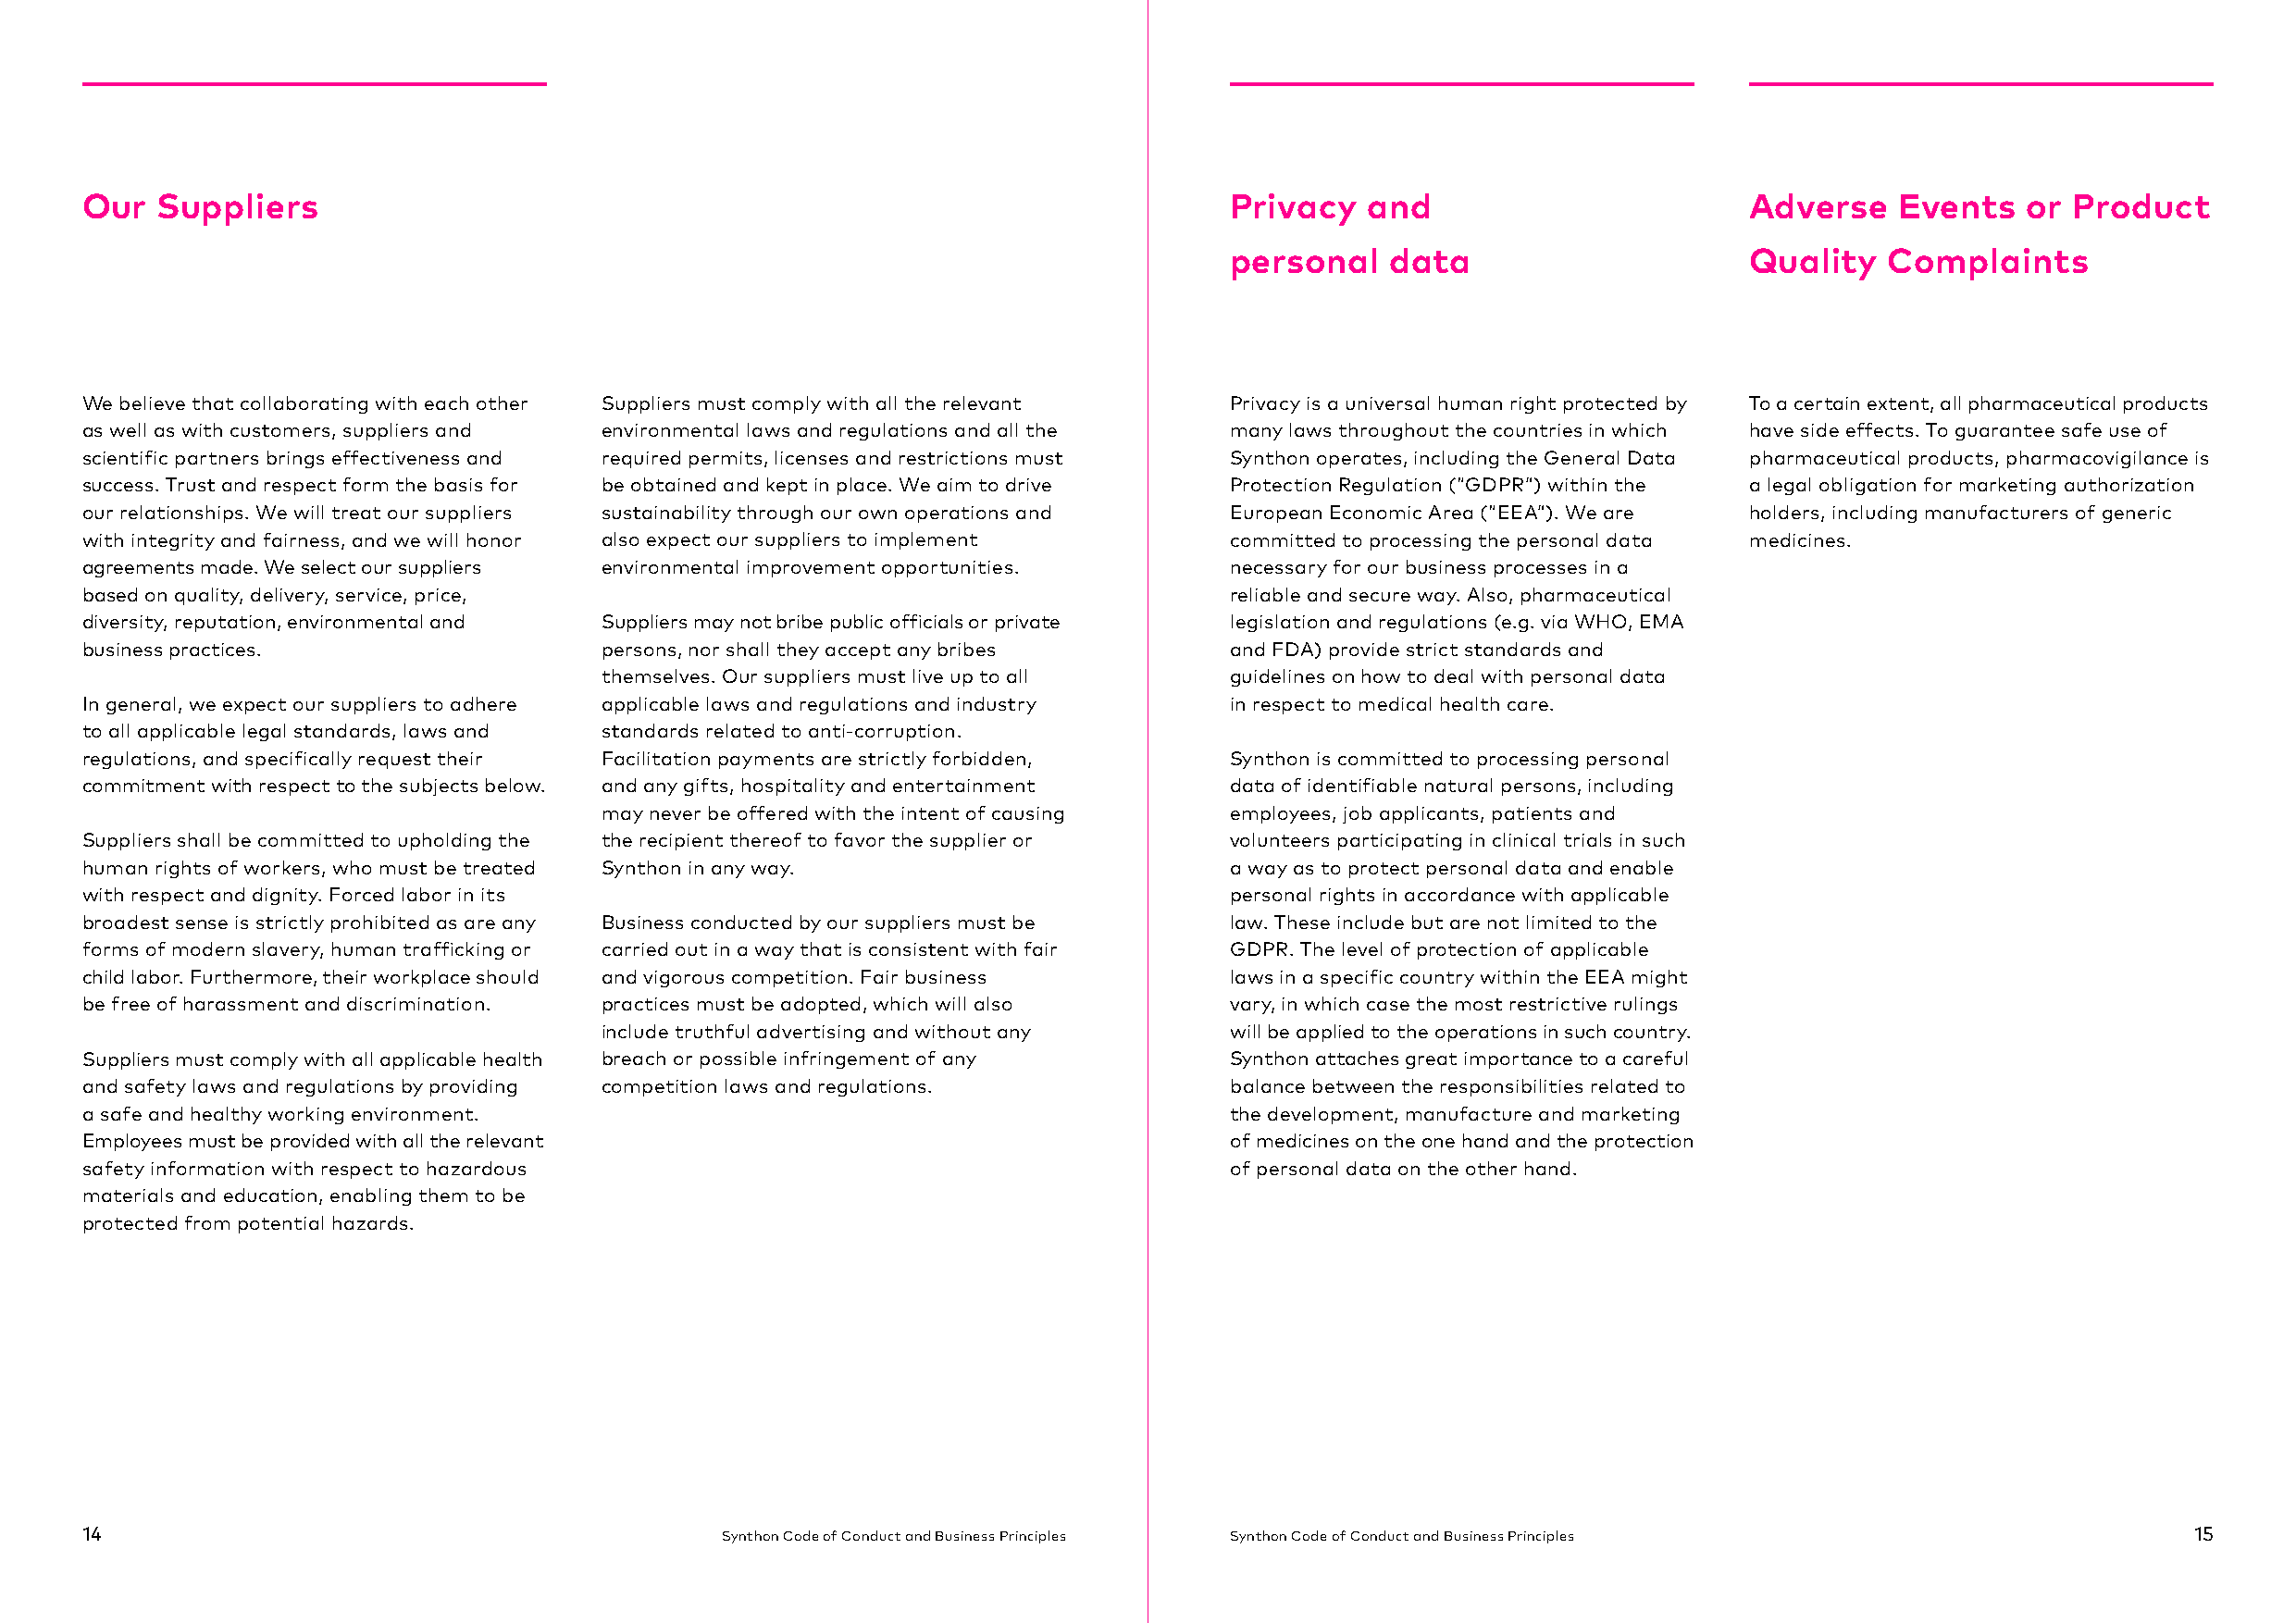
Our  Suppliers                                                                    Privacy   and                        Adverse    Events   or Product
 personal   data                      Quality   Complaints
 We believe that collaborating with each other Suppliers must comply with all the relevant Privacy is a universal human right protected by To a certain extent, all pharmaceutical products
 as well as with customers, suppliers and environmental laws and regulations and all the many laws throughout the countries in which have side effects. To guarantee safe use of
 scientific partners brings effectiveness and required permits, licenses and restrictions must Synthon operates, including the General Data pharmaceutical products, pharmacovigilance is
 success. Trust and respect form the basis for be obtained and kept in place. We aim to drive Protection Regulation (“GDPR”) within the a legal obligation for marketing authorization
 our relationships. We will treat our suppliers sustainability through our own operations and European Economic Area (“EEA”). We are holders, including manufacturers of generic
 with integrity and fairness, and we will honor also expect our suppliers to implement committed to processing the personal data medicines.
 agreements made. We select our suppliers environmental improvement opportunities. necessary for our business processes in a
 based on quality, delivery, service, price,                                       reliable and secure way. Also, pharmaceutical
 diversity, reputation, environmental and Suppliers may not bribe public officials or private legislation and regulations (e.g. via WHO, EMA
 business practices.                  persons, nor shall they accept any bribes    and FDA) provide strict standards and
 themselves. Our suppliers must live up to all guidelines on how to deal with personal data
 In general, we expect our suppliers to adhere applicable laws and regulations and industry in respect to medical health care.
 to all applicable legal standards, laws and standards related to anti-corruption.
 regulations, and specifically request their Facilitation payments are strictly forbidden, Synthon is committed to processing personal
 commitment with respect to the subjects below. and any gifts, hospitality and entertainment data of identifiable natural persons, including
 may never be offered with the intent of causing employees, job applicants, patients and
 Suppliers shall be committed to upholding the the recipient thereof to favor the supplier or volunteers participating in clinical trials in such
 human rights of workers, who must be treated Synthon in any way.                  a way as to protect personal data and enable
 with respect and dignity. Forced labor in its                                     personal rights in accordance with applicable
 broadest sense is strictly prohibited as are any Business conducted by our suppliers must be law. These include but are not limited to the
 forms of modern slavery, human trafficking or carried out in a way that is consistent with fair GDPR. The level of protection of applicable
 child labor. Furthermore, their workplace should and vigorous competition. Fair business laws in a specific country within the EEA might
 be free of harassment and discrimination. practices must be adopted, which will also vary, in which case the most restrictive rulings
 include truthful advertising and without any will be applied to the operations in such country.
 Suppliers must comply with all applicable health breach or possible infringement of any Synthon attaches great importance to a careful
 and safety laws and regulations by providing competition laws and regulations.    balance between the responsibilities related to
 a safe and healthy working environment.                                           the development, manufacture and marketing
 Employees must be provided with all the relevant                                  of medicines on the one hand and the protection
 safety information with respect to hazardous                                      of personal data on the other hand.
 materials and education, enabling them to be
 protected from potential hazards.
 14                                            Synthon Code of Conduct and Business Principles Synthon Code of Conduct and Business Principles          15